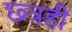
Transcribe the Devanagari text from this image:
छ्त्रही